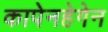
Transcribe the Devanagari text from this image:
कापेनहेगेन